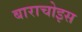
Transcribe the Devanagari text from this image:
बाराचोइस